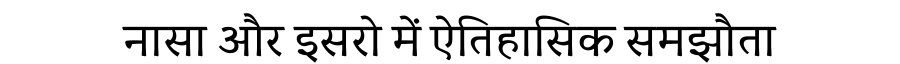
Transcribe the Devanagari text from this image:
नासा और इसरो में ऐतिहासिक समझौता